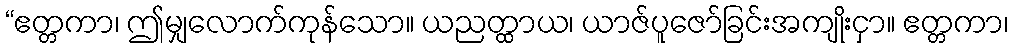
“ဧတ္တကာ၊ ဤမျှလောက်ကုန်သော။ ယညတ္ထာယ၊ ယာဇ်ပူဇော်ခြင်းအကျိုးငှာ။ ဧတ္တကာ၊